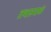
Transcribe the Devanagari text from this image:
तथास्माकं